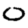
Digit: 0